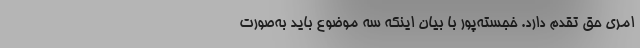
امری حق تقدم دارد. خجسته‌پور با بیان اینکه سه موضوع باید به‌صورت